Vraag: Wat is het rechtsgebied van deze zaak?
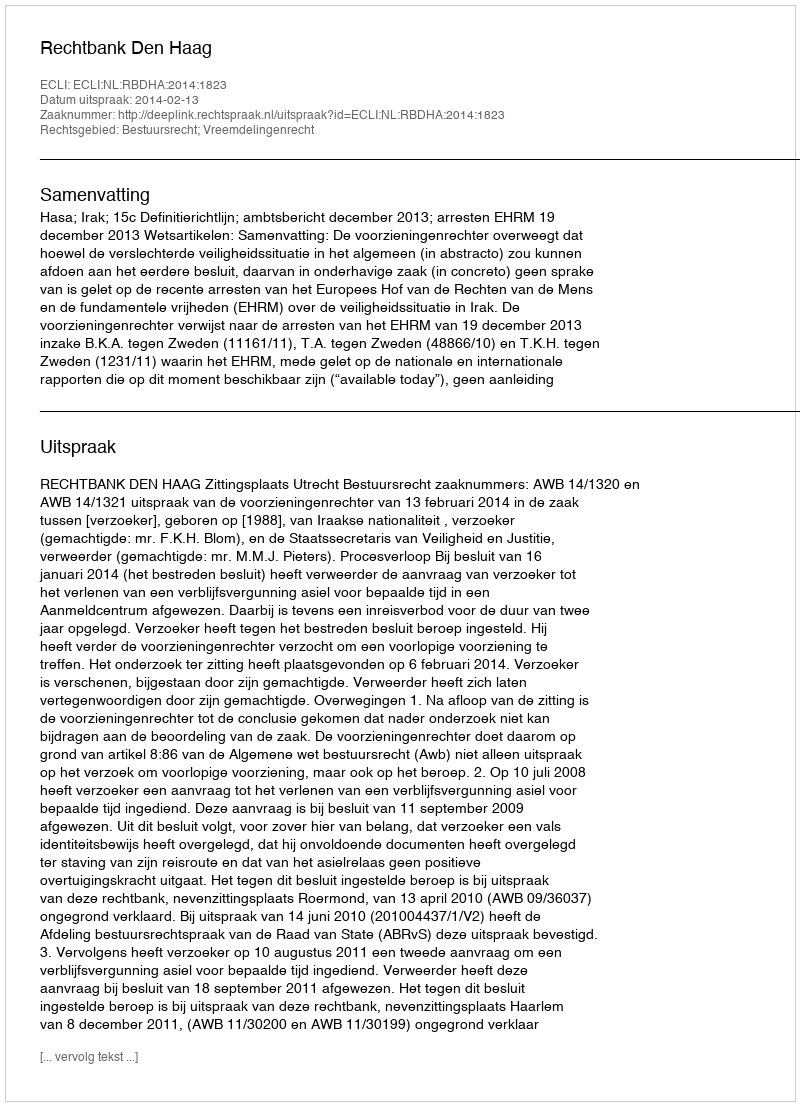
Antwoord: Bestuursrecht; Vreemdelingenrecht